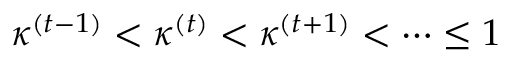
\kappa ^ { ( t - 1 ) } < \kappa ^ { ( t ) } < \kappa ^ { ( t + 1 ) } < \dots \leq 1